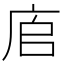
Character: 㢂